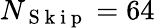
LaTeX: N_{\mathrm{~S~k~i~p~}}=64